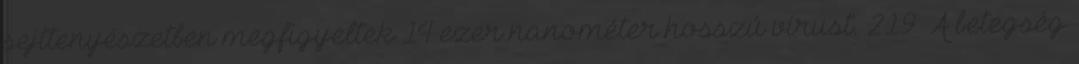
sejttenyészetben megfigyeltek 14 ezer nanométer hosszú vírust. 219 A betegség